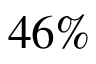
4 6 \%